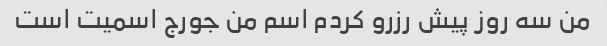
من سه روز پیش رزرو کردم اسم من جورج اسمیت است